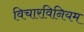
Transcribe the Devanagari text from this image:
विचारविनियम